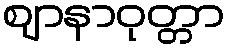
ဈာနာဝုတ္တာ